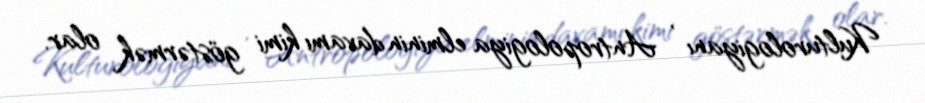
Kulturologiyanı , Antropologiya elminin davamı kimi göstərmək olar.